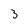
Character: 3